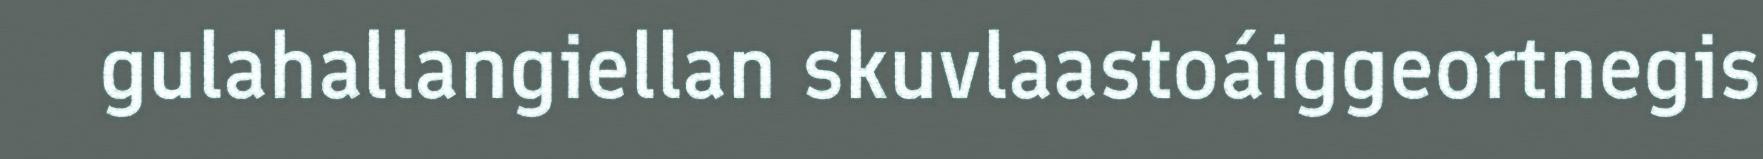
gulahallangiellan skuvlaastoáiggeortnegis